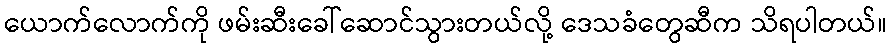
ယောက်လောက်ကို ဖမ်းဆီးခေါ်ဆောင်သွားတယ်လို့ ဒေသခံတွေဆီက သိရပါတယ်။